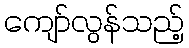
ကျော်လွန်သည့်